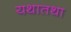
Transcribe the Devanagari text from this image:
यथातथा